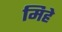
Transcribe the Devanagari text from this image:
मिहे